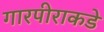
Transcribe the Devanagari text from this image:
गारपीराकडे